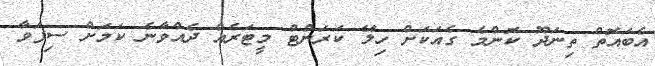
އެބައޮތް ތިނަދޫ ކޮންމެ ގެއަކަށް ހިލޭ ކަރަންޓް މީޓަރެއް ދެއްވާނެ ކަމަށް ސިފަވާ